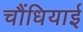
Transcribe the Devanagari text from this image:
चौंधियाई